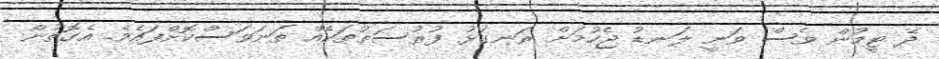
ދެ ޓީމުން ވެސް ވަނީ ލަނޑު ޖެހުމަށް ރަނގަޅު ފުރުސަތުތަކެއް ތަނަވަސްކޮށްފައެވެ. އެގޮތުން